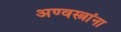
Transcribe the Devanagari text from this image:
अण्वस्त्रांना